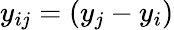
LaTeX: y_{ij}=(y_{j}-y_{i})